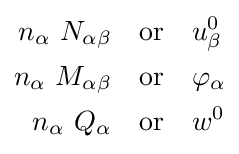
{\begin{aligned}n_{\alpha }~N_{\alpha \beta }&\quad \mathrm {or} \quad u_{\beta }^{0}\\n_{\alpha }~M_{\alpha \beta }&\quad \mathrm {or} \quad \varphi _{\alpha }\\n_{\alpha }~Q_{\alpha }&\quad \mathrm {or} \quad w^{0}\end{aligned}}